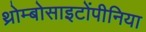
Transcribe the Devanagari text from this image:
थ्रोम्बोसाइटोंपीनिया